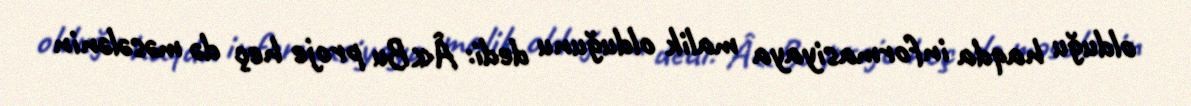
olduğu haqda informasiyaya malik olduğunu dedi: Â«Bu proje heç də məsələnin